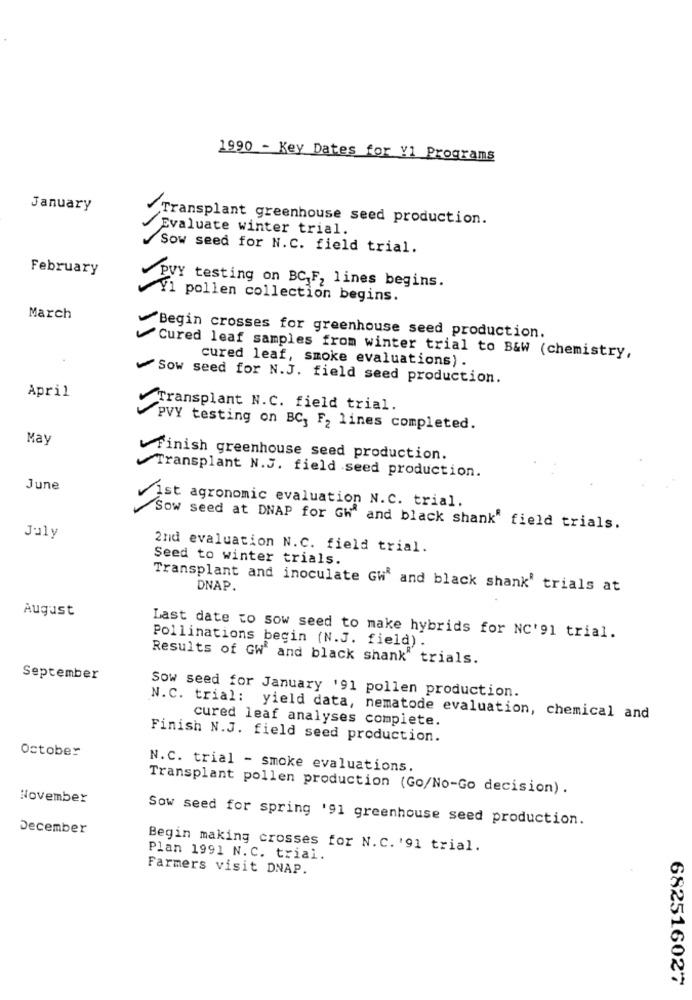
1990 - Key Dates for V1 Programs
-
January
Transplant greenhouse seed production.
Evaluate winter trial.
Sow seed for N.C. field trial.
February
PVY testing on BC F, lines begins.
Y1 pollen collection begins.
March
Begin crosses for greenhouse seed production.
Cured leaf samples from winter trial to B&W (chemistry,
cured leaf, smoke evaluations) .
Sow seed for N.J. field seed production.
April
Transplant N.C. field trial.
PVY testing on BC, F2 lines completed.
May
Finish greenhouse seed production.
Transplant N.J. field seed production.
June
ist agronomic evaluation N.C. trial.
Sow seed at DNAP for Gh" and black shank' field trials.
July
2nd evaluation N.C. field trial.
Seed to winter trials.
Transplant and inoculate Gh' and black shank' trials at
DNAP.
August
Last date to sow seed to make hybrids for NC'91 trial.
Pollinations begin (N.J. field) .
Results of GW' and black shank" trials.
September
Sow seed for January '91 pollen production.
N.C. trial: yield data, nematode evaluation, chemical and
cured leaf analyses complete.
Finish N.J. field seed production.
October
N.C. trial - smoke evaluations.
Transplant pollen production (Go/No-Go decision) .
November
Sow seed for spring '91 greenhouse seed production.
December
Begin making crosses for N.C. '91 trial.
Plan 1991 N.C. trial.
Farmers visit DNAP.
682516027